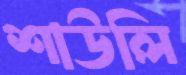
শাউলি